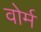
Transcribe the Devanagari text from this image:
वोर्म